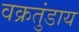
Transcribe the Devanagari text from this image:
वक्रतुंडाय